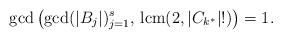
LaTeX: \begin{align*}\gcd\left(\gcd(|B_j|)_{j=1}^s, \,\mathrm{lcm}(2,|C_{k^*}|!)\right)=1.\end{align*}